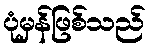
ပုံမှန်ဖြစ်သည်